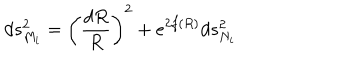
LaTeX: d s _ { M _ { i } } ^ { 2 } = \left( { \frac { d R } { R } } \right) ^ { 2 } + e ^ { 2 f ( R ) } d s _ { N _ { i } } ^ { 2 }